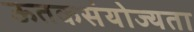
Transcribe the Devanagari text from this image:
ऊतकसंयोज्यता